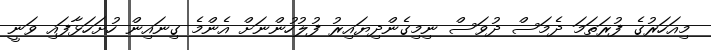
މިއަހަރުގެ ފުރަތަމަ ދެމަސް ދުވަސް ނިމިގެންދިޔައިރު ފުލުހުންނަށް އެންމެ ގިނައިން ހުށަހަޅާފައި ވަނީ